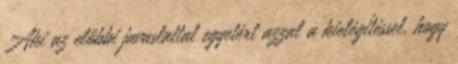
Aki az előbbi javaslattal egyetért azzal a kielégítéssel, hogy